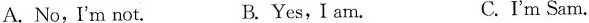
A.No, I'm not. B. Yes,I am. C.I'm Sam.